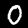
Label: 0